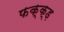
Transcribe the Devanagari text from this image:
फक्क्ड़